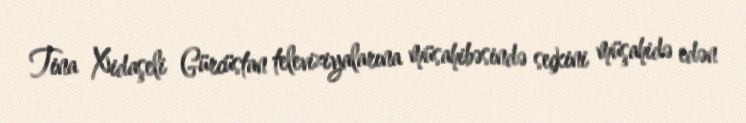
Tina Xidaşeli Gürcüstan televiziyalarına müsahibəsində seçkini müşahidə edən